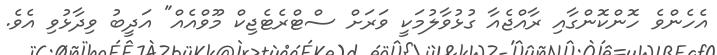
އެހެންވެ ހޮންކޮންގާއި ރާއްޖެއާ ގުޅުވާލުމަކީ ވަރަށް ސްޓްރެޓެޖިކް މޫވްއެއް" އަދީބު ވިދާޅުވި އެވެ.